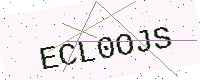
Text: ECL0OJS